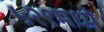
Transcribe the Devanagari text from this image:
५२९मध्ये